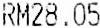
RM28.05